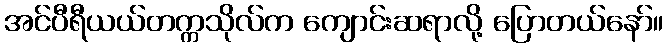
အင်ပီရီယယ်တက္ကသိုလ်က ကျောင်းဆရာလို့ ပြောတယ်နော်။